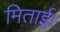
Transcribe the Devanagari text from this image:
मिताई।